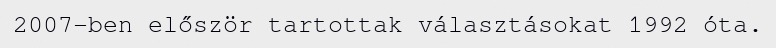
2007-ben először tartottak választásokat 1992 óta.